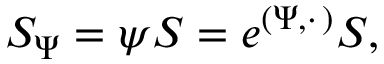
S _ { \Psi } = \psi S = e ^ { ( \Psi , \cdot \, ) } S ,